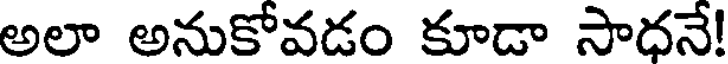
అలా అనుకోవడం కూడా సాధనే!